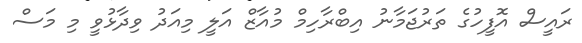
ރައީސް އޮފީހުގެ ތަރުޖަމާނު އިބްރާހިމް މުއާޒް އަލީ މިއަދު ވިދާޅުވީ މި މަސް